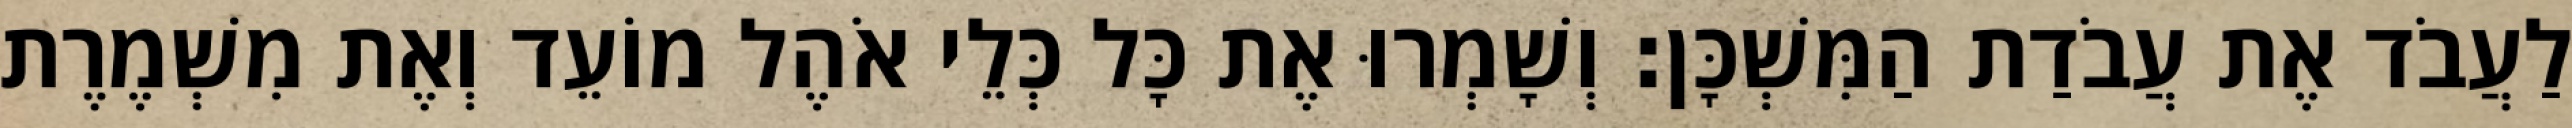
לַעֲבֹד אֶת עֲבֹדַת הַמִּשְׁכָּן׃ וְשָׁמְרוּ אֶת כָּל כְּלֵי אֹהֶל מוֹעֵד וְאֶת מִשְׁמֶרֶת